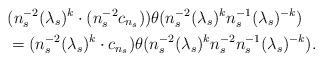
LaTeX: \begin{align*}&(n_s^{-2}(\lambda_s)^{k}\cdot (n_s^{-2}c_{n_s}))\theta(n_s^{-2}(\lambda_s)^{k}n_s^{-1}(\lambda_s)^{-k})\\&=(n_s^{-2}(\lambda_s)^{k}\cdot c_{n_s})\theta(n_s^{-2}(\lambda_s)^{k}n_s^{-2}n_s^{-1}(\lambda_s)^{-k}).\end{align*}